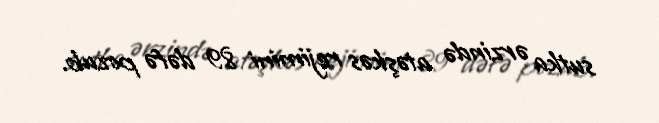
sutka ərzində atəşkəs rejimini 89 dəfə pozub.